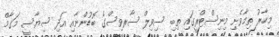
މިހާރު ތިމާވެށި މިނިސްޓްރީގައި ތިބި ސިވިލް ސާރވިސްގެ ބޮޑުންނާއި އަދި ސިޔާސީ މަގާމް